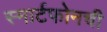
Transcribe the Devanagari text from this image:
स्मार्टफोनची